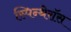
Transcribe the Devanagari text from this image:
स्पिन्थेरॉस